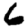
Digit: 6